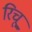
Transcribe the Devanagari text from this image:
रिचू